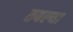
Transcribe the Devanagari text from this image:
तबल्या